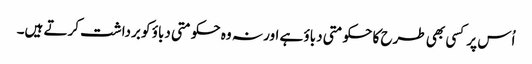
اُس پر کسی بھی طرح کا حکومتی دباؤ ہے اور نہ وہ حکومتی دباؤ کو برداشت کرتے ہیں۔